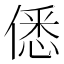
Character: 僁